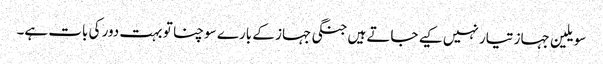
سویلین جہاز تیار نہیں کیے جاتے ہیں جنگی جہاز کے بارے سوچنا تو بہت دور کی بات ہے۔